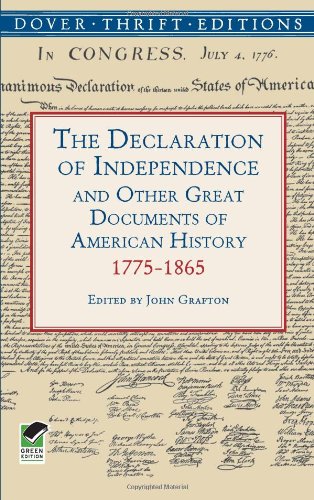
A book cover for The Declaration of Independence and Other Great Documents of American History 1775-1865 (Dover Thrift Editions); Literature & Fiction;